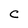
Character: C